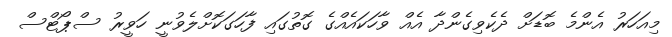
މިއަހަރު އެންމެ ބޮޑަށް ދެކެވިގެންދާ އެއް ވާހަކައެއްގެ ގޮތުގައި ފާހަގަކޮށްލެވުނީ ހަވީރު ސްޕޯޓްސް